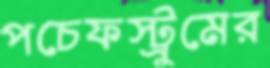
পচেফস্ট্রুমের